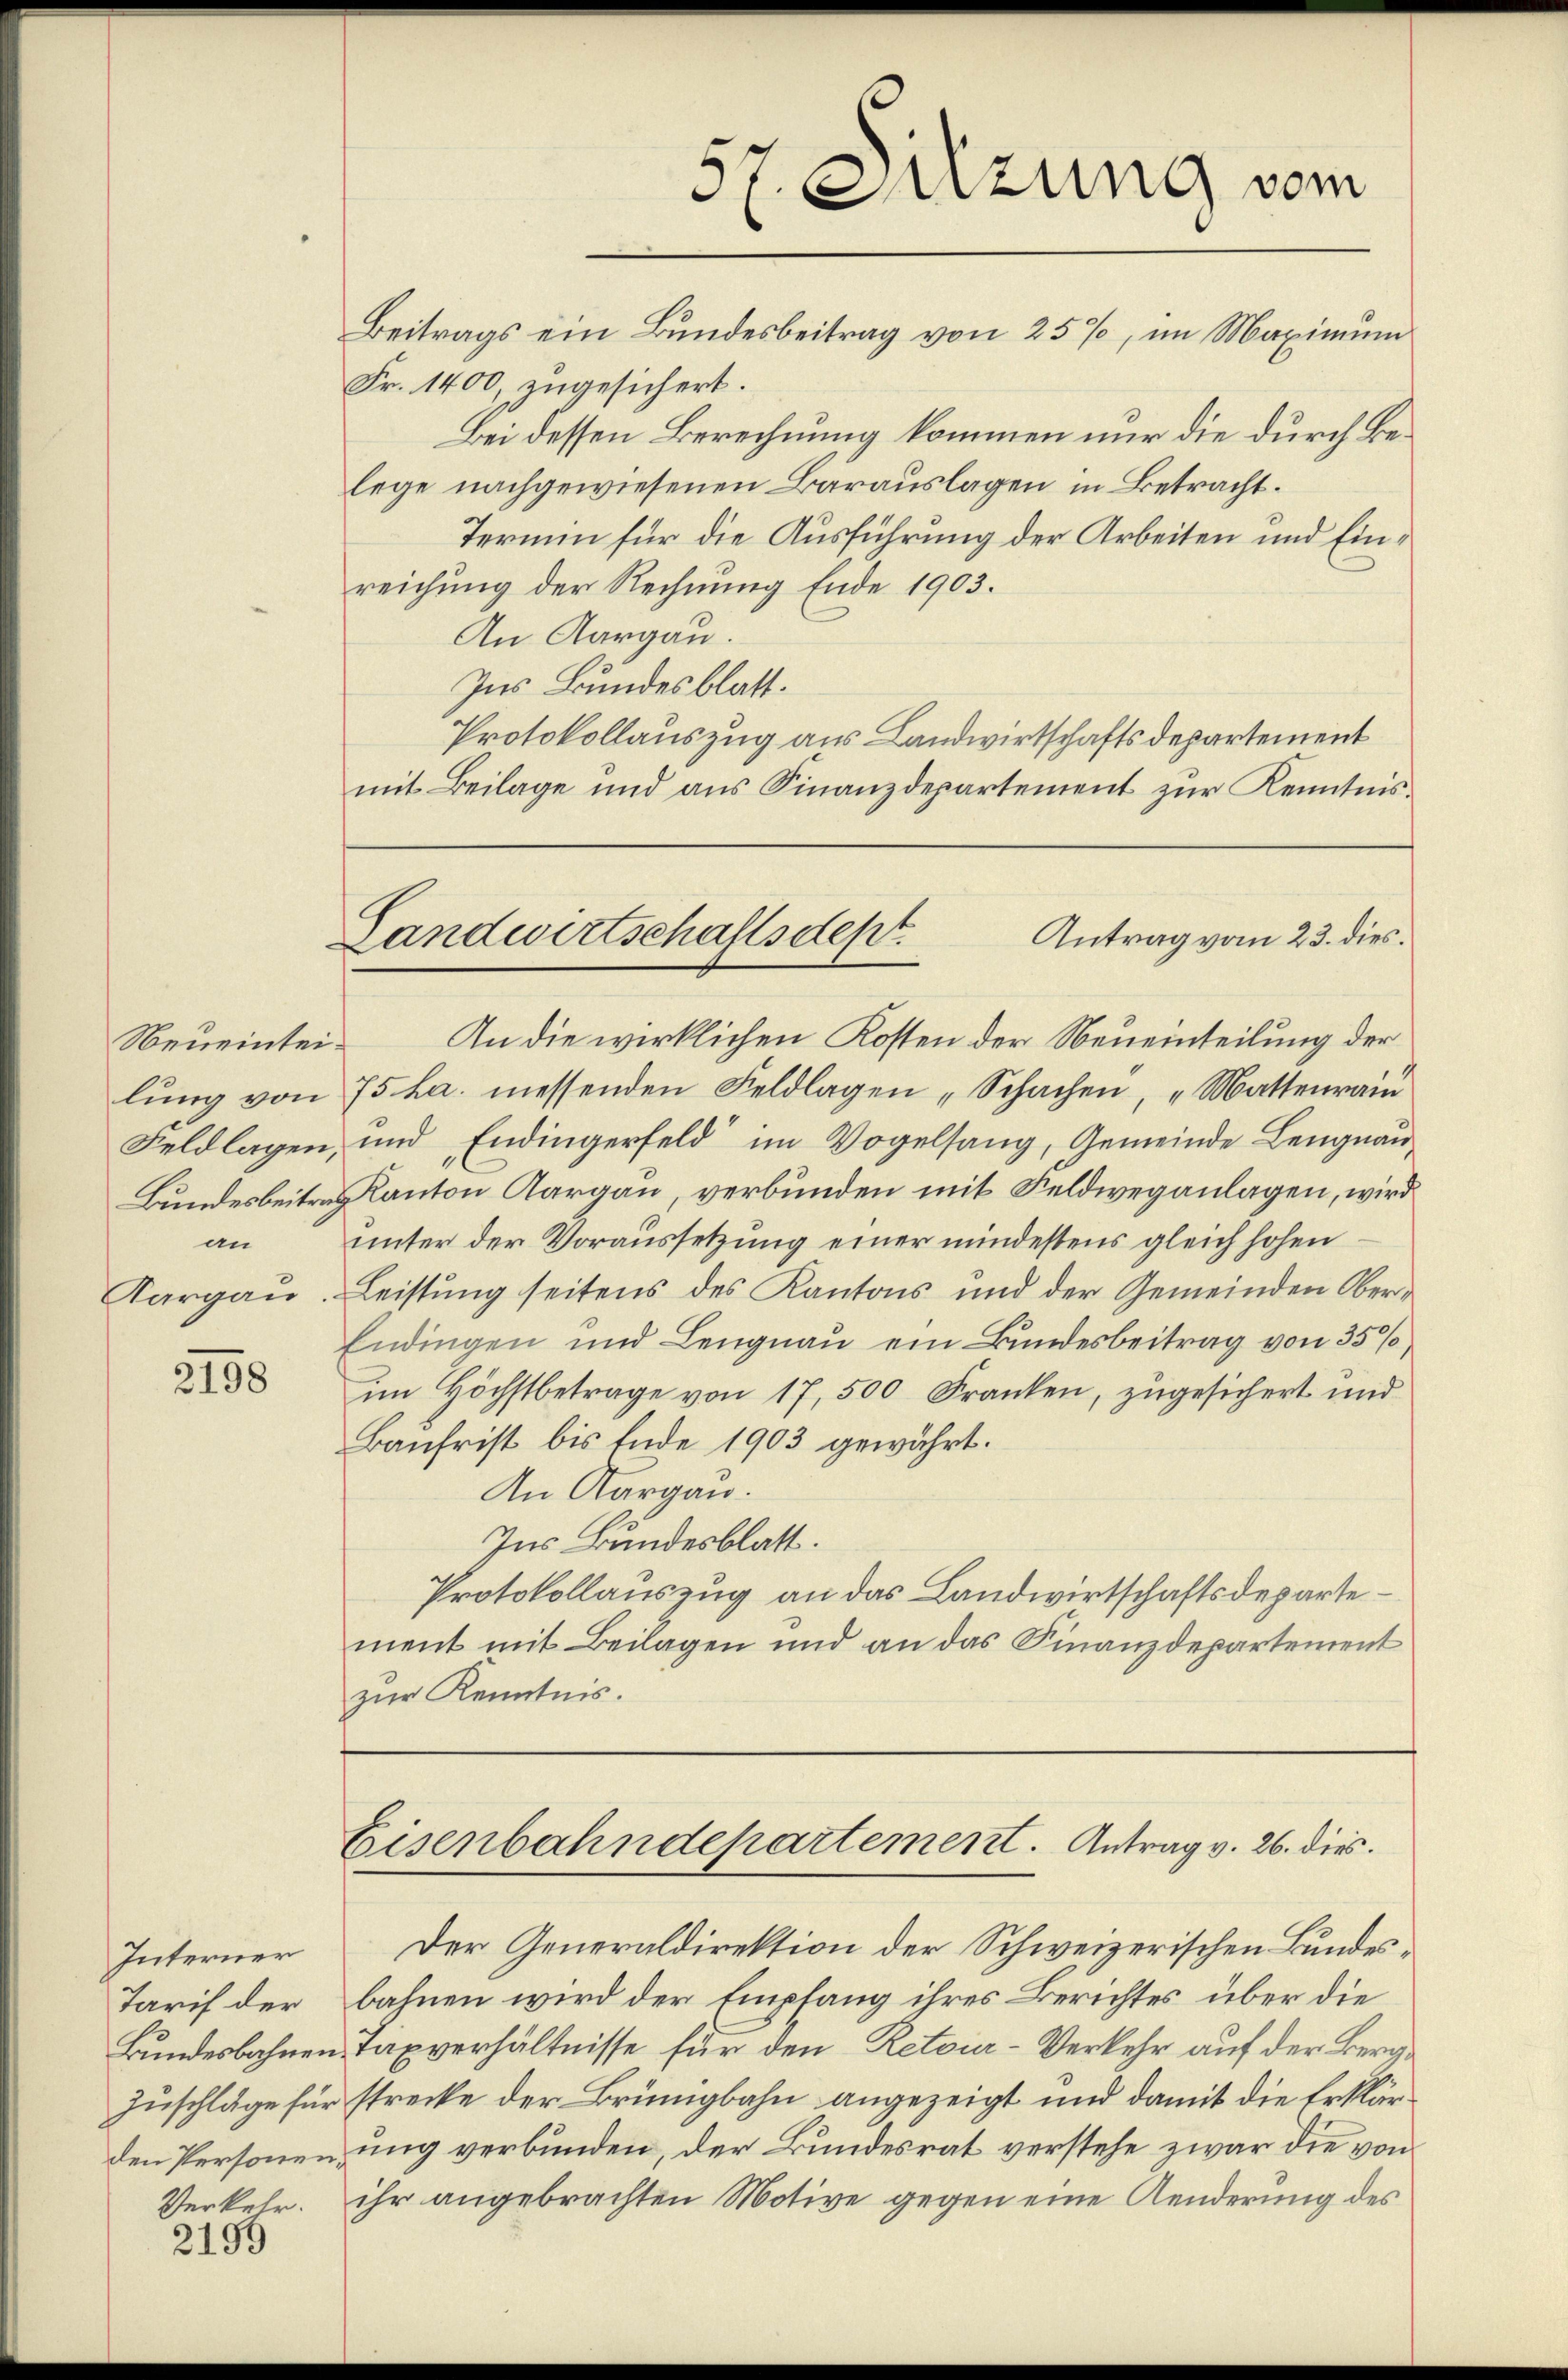
Aargau

2198

Interner
den Personen,

Verkehr
2199

Beitrags ein Bundesbeitrag von 25%, im Maximum
Fr. 1400, zugesichert.
Bei dessen Berechnung kommen nur die durch Belege nachgewiesenen Barauslagen in Betracht.
Termin für die Ausführung der Arbeiten und Einreichung der Rechnung Ende 1903.
An Aargau.
Ins Bundesblatt.
Protokollauszug aus Landwirtschaftsdepartement
mit Beilage und aus Finanzdepartement zur Kenntnis¬

57. Sitzung vom

Antrag vom 23. dies.
Landwirtschaftsdept.
Neueintei- An die wirklichen Kosten der Neueinteilung der

lŭng von 75 ha messenden Feldlagen „Schachen, "Mattenrain
Feldlagen, und Endingerfeld im Vogelsang, Gemeinde Lengnau
Bundesbeitrag Kanton Aargau, verbunden mit Feldweganlagen, wird
an unter der Voraussetzung einer mindestens gleich hohen
Leistung seitens des Kantons und der Gemeinden Ober¬
Endingen und Lengnau ein Bundesbeitrag von 35%,
im Höchstbetrage von 17, 500 Franken, zugesichert und
Baufrist bis Ende 1903 gewährt.
An Aargau.
Ins Bundesblatt.
Protokollauszug an das Landwirtschaftsdepartement mit Beilagen und an das Finanzdepartement
zur Kenntnis.

Eisenbahndepartement. Antrag v. 26. dies

Der Generaldirektion der Schweizerischen Bundes¬
Tarif der bahnen wird der Empfang ihres Berichtes über die
Bundesbahnen Taxverhältnisse für den Retoia-Verkehr auf der Berg¬
Zuschläge für strecke der Brüngbahn angezeigt und damit die Erklärung verbunden, der Bundesrat verstehe zwar die von
ihr angebrachten Motive gegen eine Aenderung des